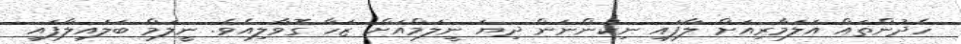
ހެދުންތައް އަލަމާރިއަށް ލާފައި ނިކުންނަން ދިޔަ ނީލަމްއަށް ޒަހާ ގޮވާލިއެވެ. ނީލަމް ބަލައިލާފައި